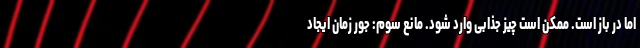
اما در باز است. ممکن است چیز جذابی وارد شود. مانع سوم: جور زمان ایجاد